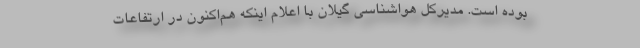
بوده است. مدیرکل هواشناسی گیلان با اعلام اینکه هم‌اکنون در ارتفاعات